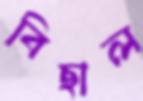
বিছাল